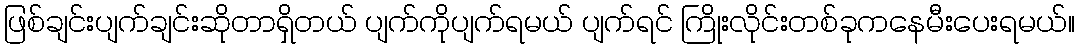
ဖြစ်ချင်းပျက်ချင်းဆိုတာရှိတယ် ပျက်ကိုပျက်ရမယ် ပျက်ရင် ကြိုးလိုင်းတစ်ခုကနေမီးပေးရမယ်။